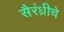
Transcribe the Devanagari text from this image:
सैरंध्रीचे